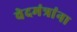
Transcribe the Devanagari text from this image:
वेदमंत्रांना